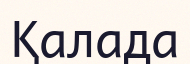
Қалада